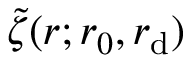
\tilde { \zeta } ( r ; r _ { 0 } , r _ { \mathrm { d } } )